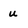
Character: u